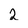
Character: 2